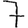
Digit: 7